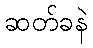
ဆတ်ခနဲ